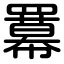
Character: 羃